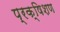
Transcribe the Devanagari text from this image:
प्रक्षिशण